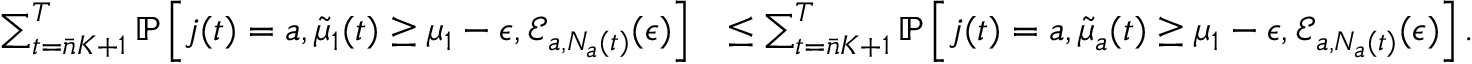
\begin{array} { r l } { \sum _ { t = \bar { n } K + 1 } ^ { T } \mathbb { P } \left[ j ( t ) = a , \tilde { \mu } _ { 1 } ( t ) \geq \mu _ { 1 } - \epsilon , \mathcal { E } _ { a , N _ { a } ( t ) } ( \epsilon ) \right] } & { \leq \sum _ { t = \bar { n } K + 1 } ^ { T } \mathbb { P } \left[ j ( t ) = a , \tilde { \mu } _ { a } ( t ) \geq \mu _ { 1 } - \epsilon , \mathcal { E } _ { a , N _ { a } ( t ) } ( \epsilon ) \right] . } \end{array}